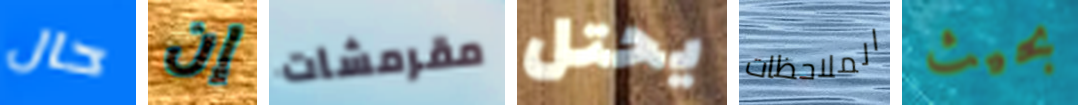
حال إن مقرمشات يحتل الملاحظات بحيث